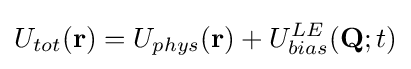
U_{tot}(\mathbf {r} )=U_{phys}(\mathbf {r} )+U_{bias}^{LE}(\mathbf {Q} ;t)